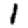
Digit: 1